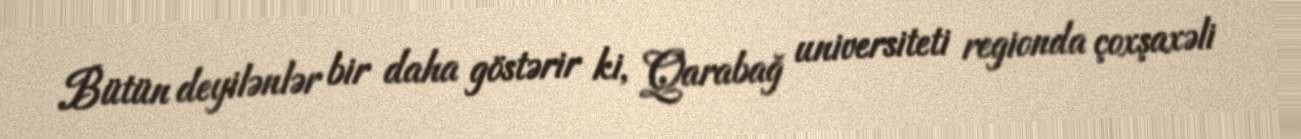
Bütün deyilənlər bir daha göstərir ki, Qarabağ universiteti regionda çoxşaxəli